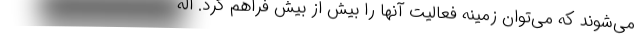
می‌شوند که می‌توان زمینه فعالیت آنها را بیش از بیش فراهم کرد. اله